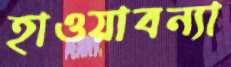
হাওয়াবন্যা